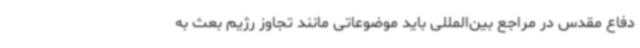
دفاع مقدس در مراجع بین‌المللی باید موضوعاتی مانند تجاوز رژیم بعث به